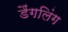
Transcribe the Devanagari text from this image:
डैंगलिंग